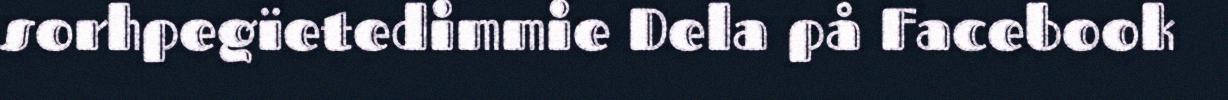
sorhpegïetedimmie Dela på Facebook